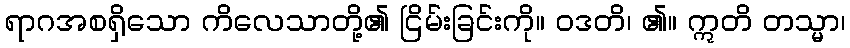
ရာဂအစရှိသော ကိလေသာတို့၏ ငြိမ်းခြင်းကို။ ဝဒတိ၊ ၏။ ဣတိ တသ္မာ၊